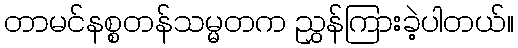
တာမင်နစ္စတန်သမ္မတက ညွှန်ကြားခဲ့ပါတယ်။